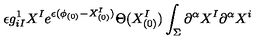
\epsilon g _ { i I } ^ { 1 } X ^ { I } e ^ { \epsilon ( \phi _ { ( 0 ) } - X _ { ( 0 ) } ^ { I } ) } \Theta ( X _ { ( 0 ) } ^ { I } ) \int _ { \Sigma } \partial ^ { \alpha } X ^ { I } \partial ^ { \alpha } X ^ { i }